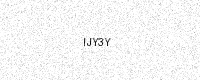
Text: IJY3Y